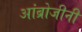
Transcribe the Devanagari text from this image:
आंब्रोजीनी